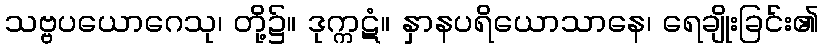
သဗ္ဗပယောဂေသု၊ တို့၌။ ဒုက္ကဋံ။ နှာနပရိယောသာနေ၊ ရေချိုးခြင်း၏